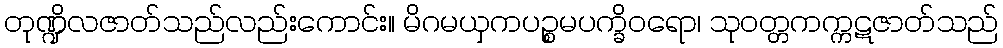
တုဏ္ဍိလဇာတ်သည်လည်းကောင်း။ မိဂမယှကပဉ္စမပက္ခိဝရော၊ သုဝတ္တကက္ကဋဇာတ်သည်